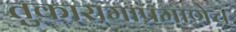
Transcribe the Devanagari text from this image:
तुकारामाप्रमाणेच